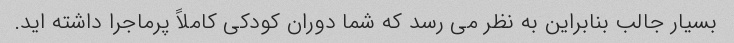
بسیار جالب بنابراین به نظر می رسد که شما دوران کودکی کاملاً پرماجرا داشته اید.